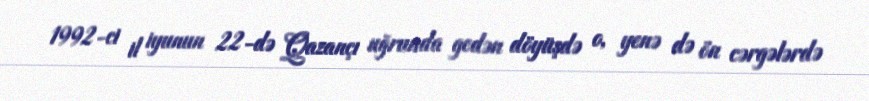
1992-ci il iyunun 22-də Qazançı uğrunda gedən döyüşdə o, yenə də ön cərgələrdə